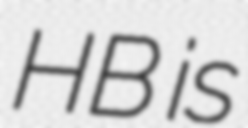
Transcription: HB is